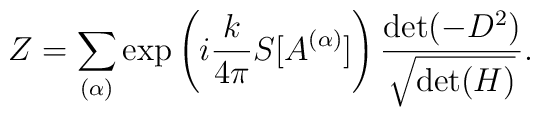
Z = \sum_{(\alpha)} \exp \left( i\frac{k}{4\pi} S[ A^{( \alpha )} ] \right)\frac{{\rm det} ( -D^{2} ) }{ \sqrt{ {\rm det}(H)} }.